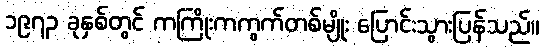
၁၉၇၃ ခုနှစ်တွင် ကကြိုးကကွက်တစ်မျိုး ပြောင်းသွားပြန်သည်။